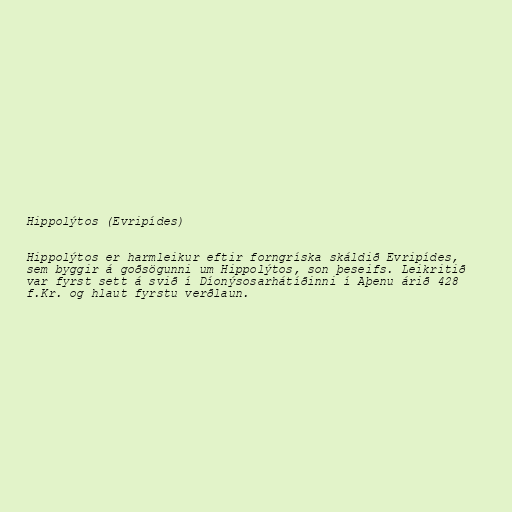
Hippolýtos (Evripídes)

Hippolýtos er harmleikur eftir forngríska skáldið Evripídes,
sem byggir á goðsögunni um Hippolýtos, son þeseifs. Leikritið
var fyrst sett á svið í Díonýsosarhátíðinni í Aþenu árið 428
f.Kr. og hlaut fyrstu verðlaun.